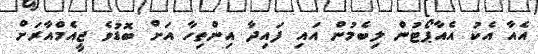
އެއާ އެކު އެއާޕޯޓުން ލިބެމުން އައި ފައިދާ އިންތިހާ އަށް ބޮޑުވެ ޖީއެމްއާރަށް